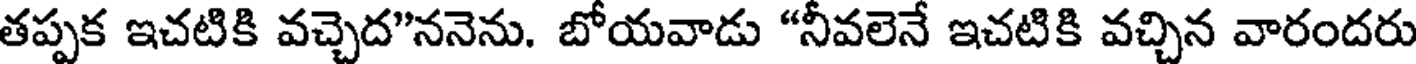
తప్పక ఇచటికి వచ్చెద"ననెను. బోయవాడు "నీవలెనే ఇచటికి వచ్చిన వారందరు